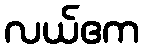
လယ်ဧက